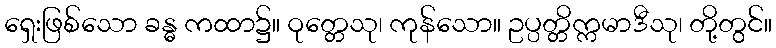
ရှေးဖြစ်သော ခန္ဓ ကထာ၌။ ဝုတ္တေသု၊ ကုန်သော။ ဥပ္ပတ္တိက္ကမာဒီသု၊ တို့တွင်။